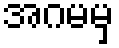
အဂမမှ